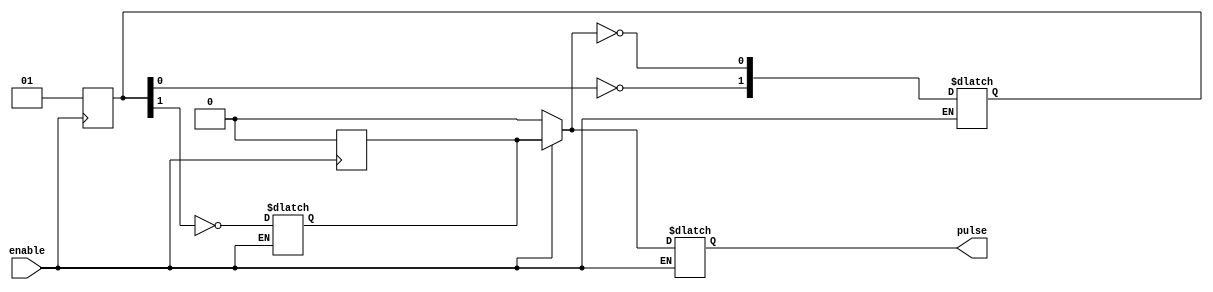
`timescale 1ns/1ns

module ring_oscillator#(
                        parameter num=3,      // Number of inverters
                        parameter delay=38      // Delay of each inverter
                        )(
                            input  enable,
                            output reg pulse
                        ); 
           

  reg wire_first;
  reg [num-2:0] wire_middle;
  reg wire_last;
  integer i;
  
        
        
        always @* begin
                if(enable) begin
                        pulse <= wire_first;
                end
        end

        
        always @* begin
            if(enable) begin
                wire_middle[0] <= #delay ~wire_first;
                for(i=0; i<num-2; i=i+1) begin
                        wire_middle[i+1] <= #delay ~wire_middle[i];
                end
                wire_last <= #delay ~wire_middle[num-2];
            end
        end

        
        always @* begin
                if(enable) begin
                        wire_first <= wire_last;
                end else begin
                        wire_first <= enable;
                end
        end
        
        always @(posedge enable) begin
                if(enable) begin
                        wire_middle[0] <= 1'b1;
                        for(i=1; i<num-1; i=i+1) begin
                            wire_middle[i] <= (i%2)?1'b0:1'b1;
                        end
                        /*wire_middle[1] <= 1'b0;*/
                        wire_last <= 1'b0;
                end
        end
      

endmodule